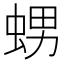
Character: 𧋱